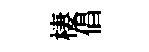
棲倡